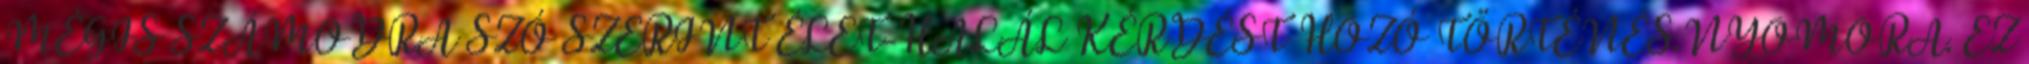
MÉGIS SZÁMODRA SZÓ SZERINT ÉLET-HALÁL KÉRDÉST HOZÓ TÖRTÉNÉS.NYOMORA. EZ